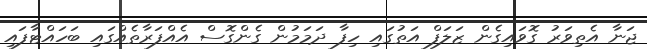
ޖަނާ އެތިވަރު ގޮވައިގެން ޒަލަފް އަތުގައި ހިފާ ދަމަމުން ގެންގޮސް އެއްފަރާތެއްގައި ބަހައްޓާފައި